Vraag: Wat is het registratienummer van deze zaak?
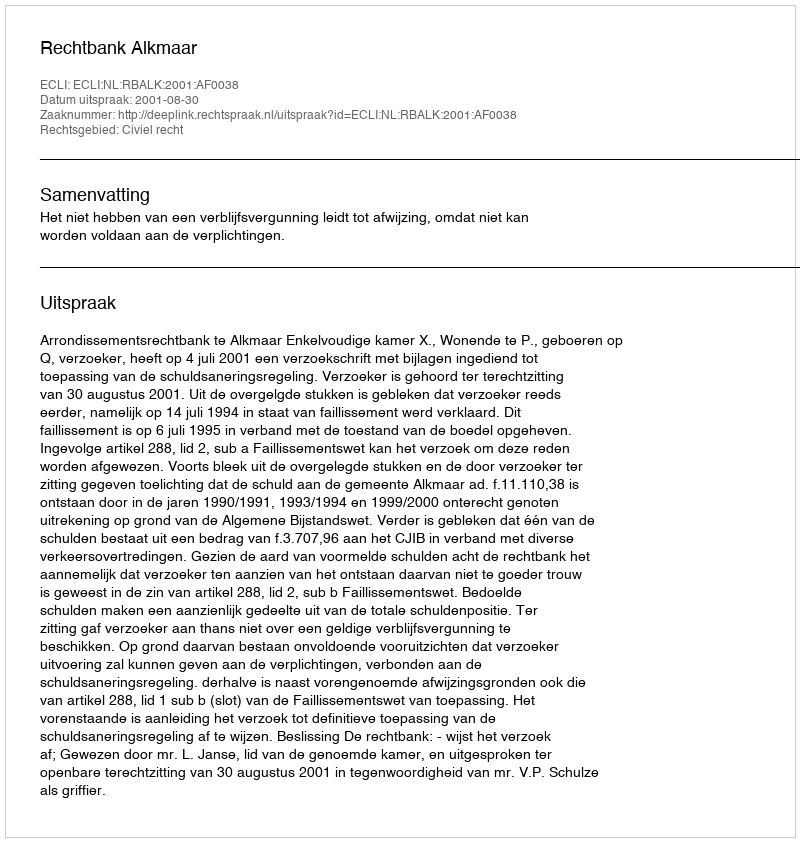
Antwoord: http://deeplink.rechtspraak.nl/uitspraak?id=ECLI:NL:RBALK:2001:AF0038